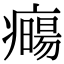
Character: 𤻈